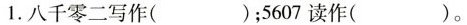
1.八千零二写作( )；5607读作( )。